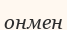
онмен